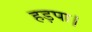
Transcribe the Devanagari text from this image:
हड़पा।